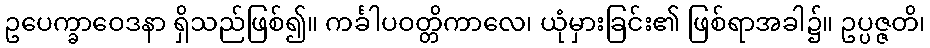
ဥပေက္ခာဝေဒနာ ရှိသည်ဖြစ်၍။ ကင်္ခါပဝတ္တိကာလေ၊ ယုံမှားခြင်း၏ ဖြစ်ရာအခါ၌။ ဥပ္ပဇ္ဇတိ၊